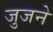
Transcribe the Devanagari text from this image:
जुजने